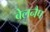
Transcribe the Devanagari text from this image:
बेलनैप